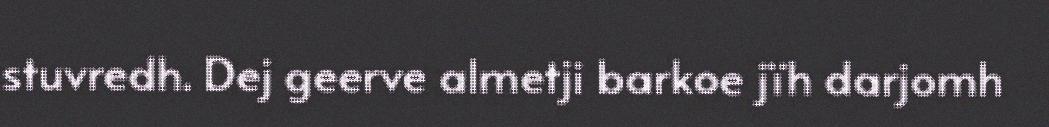
stuvredh. Dej geerve almetji barkoe jïh darjomh